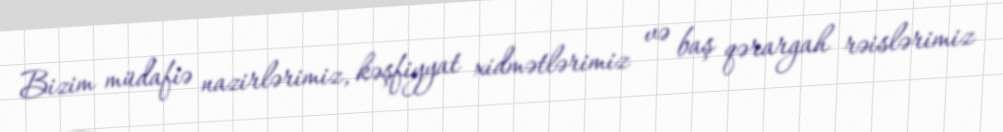
Bizim müdafiə nazirlərimiz, kəşfiyyat xidmətlərimiz və baş qərargah rəislərimiz